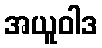
အယူဝါဒ